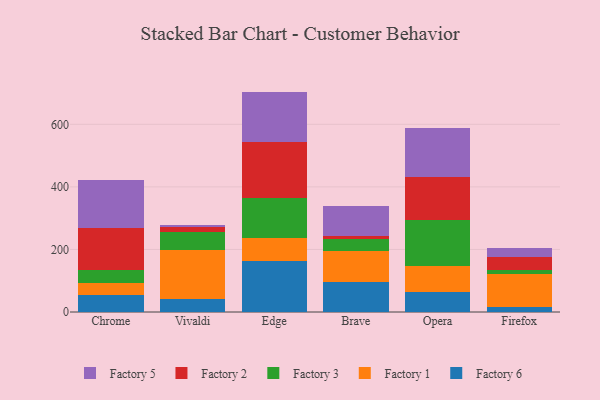
{"axis": {"x": "Browser", "y": "Page Views"}, "legend": ["Factory 1", "Factory 2", "Factory 3", "Factory 5", "Factory 6"], "data": [{"x": "Chrome", "y": 54.1, "type": "Factory 6"}, {"x": "Chrome", "y": 37.2, "type": "Factory 1"}, {"x": "Chrome", "y": 41.8, "type": "Factory 3"}, {"x": "Chrome", "y": 134.8, "type": "Factory 2"}, {"x": "Chrome", "y": 153.8, "type": "Factory 5"}, {"x": "Vivaldi", "y": 42.9, "type": "Factory 6"}, {"x": "Vivaldi", "y": 155.1, "type": "Factory 1"}, {"x": "Vivaldi", "y": 58.3, "type": "Factory 3"}, {"x": "Vivaldi", "y": 14.1, "type": "Factory 2"}, {"x": "Vivaldi", "y": 7.2, "type": "Factory 5"}, {"x": "Edge", "y": 161.7, "type": "Factory 6"}, {"x": "Edge", "y": 73.8, "type": "Factory 1"}, {"x": "Edge", "y": 129.9, "type": "Factory 3"}, {"x": "Edge", "y": 177.1, "type": "Factory 2"}, {"x": "Edge", "y": 162.1, "type": "Factory 5"}, {"x": "Brave", "y": 94.8, "type": "Factory 6"}, {"x": "Brave", "y": 101.5, "type": "Factory 1"}, {"x": "Brave", "y": 36.3, "type": "Factory 3"}, {"x": "Brave", "y": 10.2, "type": "Factory 2"}, {"x": "Brave", "y": 95.1, "type": "Factory 5"}, {"x": "Opera", "y": 65.3, "type": "Factory 6"}, {"x": "Opera", "y": 82.9, "type": "Factory 1"}, {"x": "Opera", "y": 144.7, "type": "Factory 3"}, {"x": "Opera", "y": 138.0, "type": "Factory 2"}, {"x": "Opera", "y": 157.0, "type": "Factory 5"}, {"x": "Firefox", "y": 17.4, "type": "Factory 6"}, {"x": "Firefox", "y": 102.7, "type": "Factory 1"}, {"x": "Firefox", "y": 13.1, "type": "Factory 3"}, {"x": "Firefox", "y": 43.1, "type": "Factory 2"}, {"x": "Firefox", "y": 27.1, "type": "Factory 5"}]}